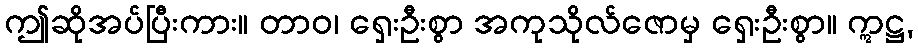
ဤဆိုအပ်ပြီးကား။ တာဝ၊ ရှေးဦးစွာ အကုသိုလ်ဇောမှ ရှေးဦးစွာ။ ဣဋ္ဌ,